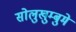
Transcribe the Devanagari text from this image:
सोलुखुम्बुमे